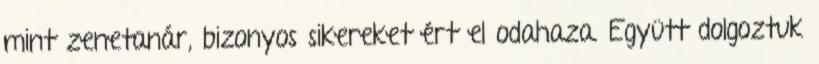
mint zenetanár, bizonyos sikereket ért el odahaza. Együtt dolgoztuk